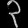
Digit: ၃